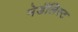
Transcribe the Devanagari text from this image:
मेडॅलिस्ट